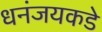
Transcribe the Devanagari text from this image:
धनंजयकडे